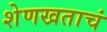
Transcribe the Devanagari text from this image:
शेणखताचं